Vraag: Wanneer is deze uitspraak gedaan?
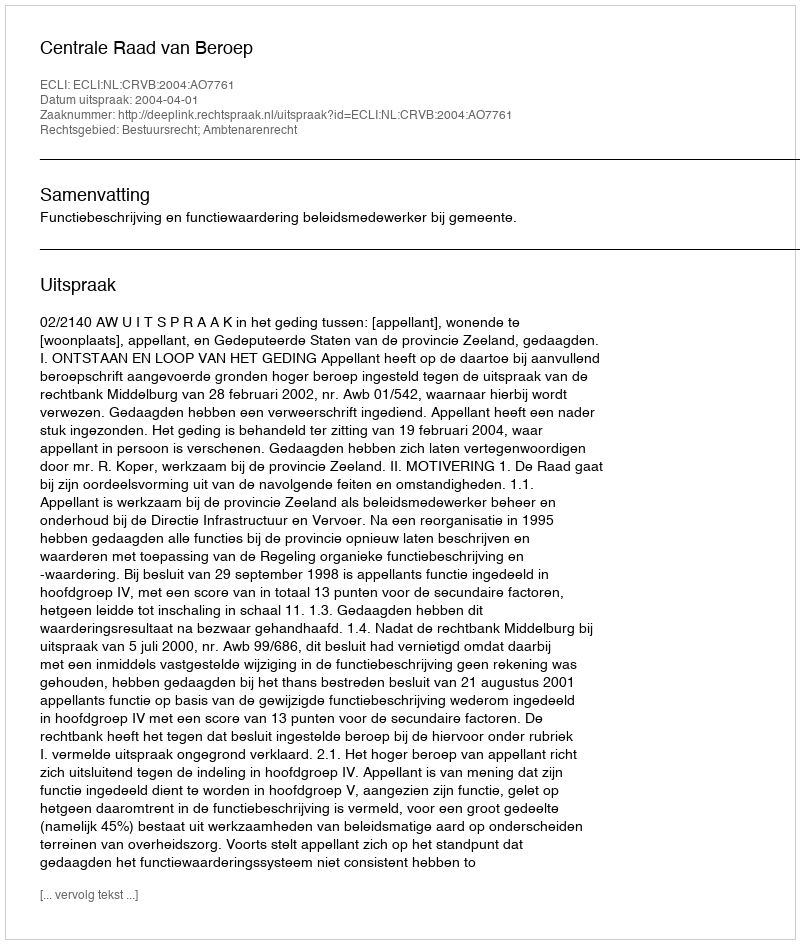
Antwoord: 2004-04-01